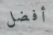
أفضل